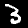
Label: 3